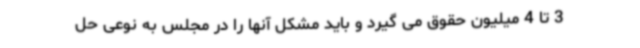
3 تا 4 میلیون حقوق می گیرد و باید مشکل آنها را در مجلس به نوعی حل